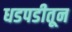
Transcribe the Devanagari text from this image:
धडपडीतून